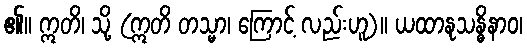
၏။ ဣတိ၊ သို့ (ဣတိ တသ္မာ၊ ကြောင့် လည်းဟူ)။ ယထာနုသန္ဓိနာဝ၊